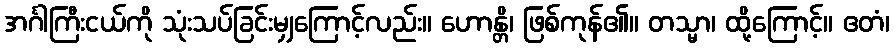
အင်္ဂါကြီးငယ်ကို သုံးသပ်ခြင်းမျှကြောင့်လည်း။ ဟောန္တိ၊ ဖြစ်ကုန်၏။ တသ္မာ၊ ထို့ကြောင့်။ ဧတံ၊